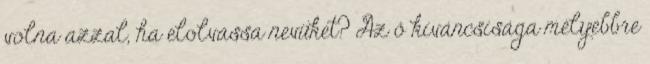
volna azzal, ha elolvassa nevüket? Az ő kíváncsisága mélyebbre